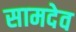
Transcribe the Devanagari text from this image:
सामदेव